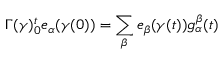
\Gamma ( \gamma ) _ { 0 } ^ { t } e _ { \alpha } ( \gamma ( 0 ) ) = \sum _ { \beta } e _ { \beta } ( \gamma ( t ) ) g _ { \alpha } ^ { \beta } ( t )